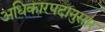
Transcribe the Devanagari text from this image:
अधिकारपदानुसार